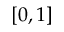
[ 0 , 1 ]